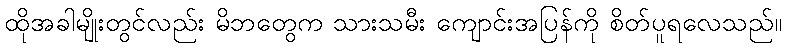
ထိုအခါမျိုးတွင်လည်း မိဘတွေက သားသမီး ကျောင်းအပြန်ကို စိတ်ပူရလေသည်။